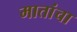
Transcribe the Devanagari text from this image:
मातांचा